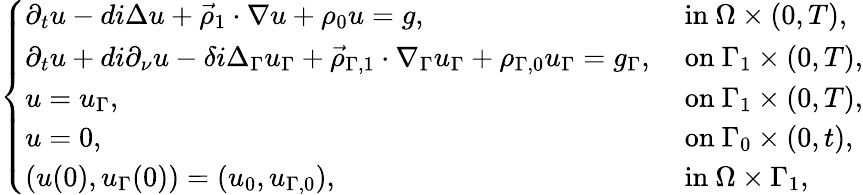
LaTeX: \begin{array}{r}{\left\{ \begin{array}{ll}{\partial_{t}u-di\Delta u+\vec{\rho}_{1}\cdot\nabla u+\rho_{0}u=g,}&{\mathrm{~in~}\Omega\times(0,T),}\\ {\partial_{t}u+di\partial_{\nu}u-\delta i\Delta_{\Gamma}u_{\Gamma}+\vec{\rho}_{\Gamma,1}\cdot\nabla_{\Gamma}u_{\Gamma}+\rho_{\Gamma,0}u_{\Gamma}=g_{\Gamma},}&{\mathrm{~on~}\Gamma_{1}\times(0,T),}\\ {u=u_{\Gamma},}&{\mathrm{~on~}\Gamma_{1}\times(0,T),}\\ {u=0,}&{\mathrm{~on~}\Gamma_{0}\times(0,t),}\\ {(u(0),u_{\Gamma}(0))=(u_{0},u_{\Gamma,0}),}&{\mathrm{~in~}\Omega\times\Gamma_{1},}\end{array}\right.}\end{array}